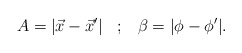
\begin{align*}A=|\vec{x}-\vec{x}'| \;\;\;;\;\;\; \beta=|\phi-\phi'|.\end{align*}